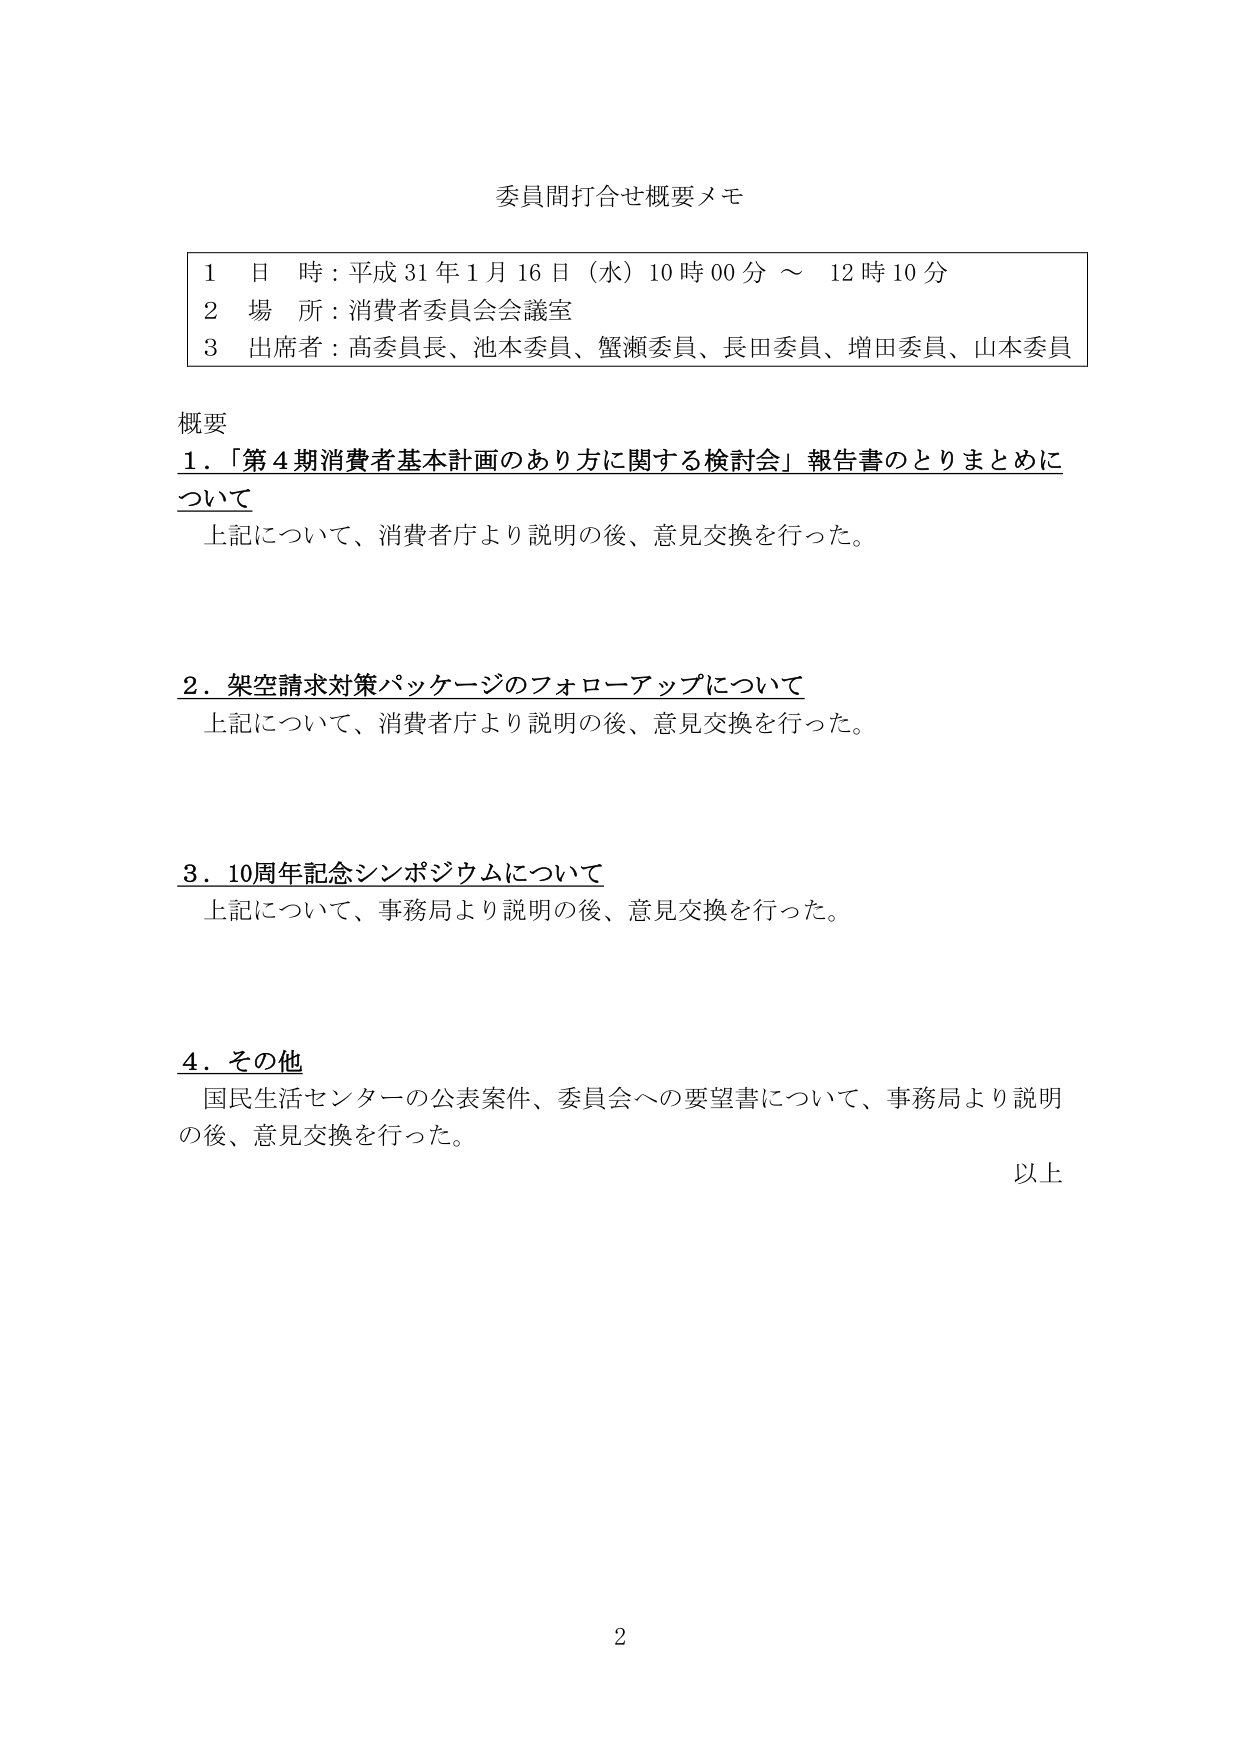
委員間打合せ概要メモ

1 日 時：平成31年1月16日（水）10時00分 ～ 12時10分
2 場 所：消費者委員会会議室
3 出席者：髙委員長、池木委員、蟹瀬委員、長田委員、増田委員、山本委員

概要
1．「第4期消費者基本計画のあり方に関する検討会」報告書のとりまとめについて
　上記について、消費者庁より説明の後、意見交換を行った。

2．架空請求対策パッケージのフォローアップについて
　上記について、消費者庁より説明の後、意見交換を行った。

3．10周年記念シンポジウムについて
　上記について、事務局より説明の後、意見交換を行った。

4．その他
　国民生活センターの公表案件、委員会への要望書について、事務局より説明の後、意見交換を行った。

以上

2